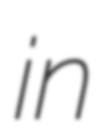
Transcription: in